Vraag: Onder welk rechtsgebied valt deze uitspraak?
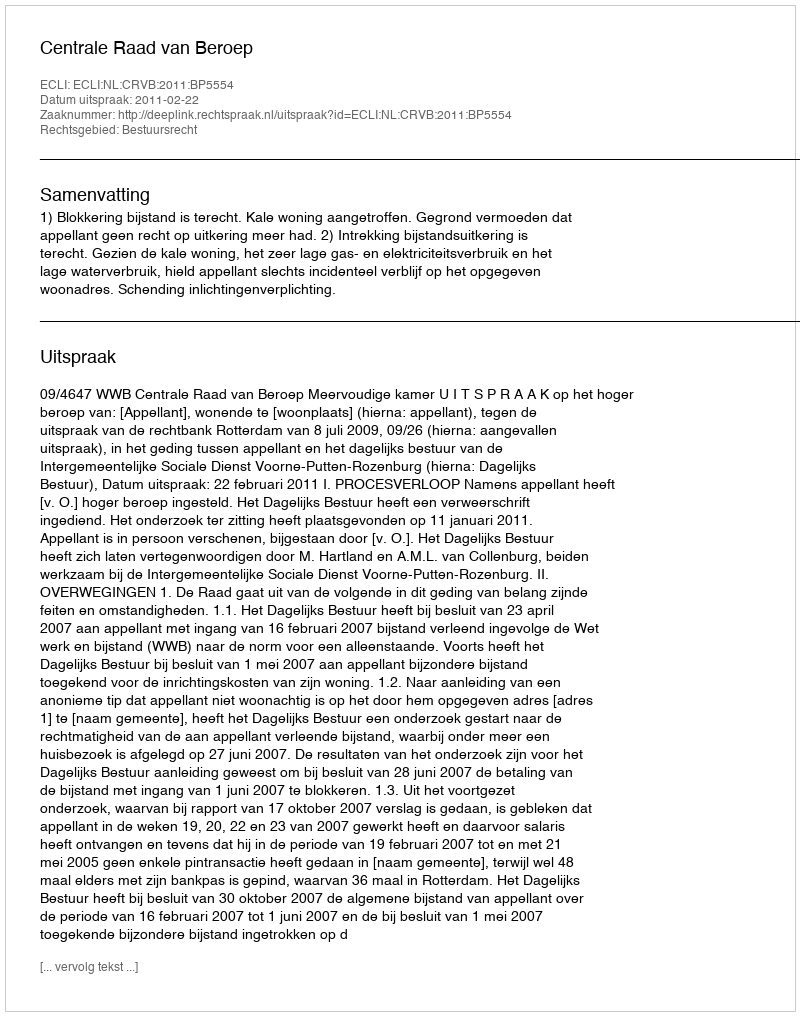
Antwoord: Bestuursrecht